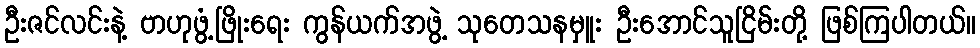
ဦးဇင်လင်းနဲ့ ဗာဟုဖွံ့ဖြိုးရေး ကွန်ယက်အဖွဲ့ သုတေသနမှူး ဦးအောင်သူငြိမ်းတို့ ဖြစ်ကြပါတယ်။